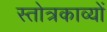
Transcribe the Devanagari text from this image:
स्तोत्रकाव्यों